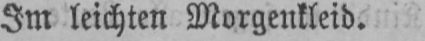
Im leichten Morgenkleid.